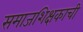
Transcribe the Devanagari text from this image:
समाजशिक्षकाची